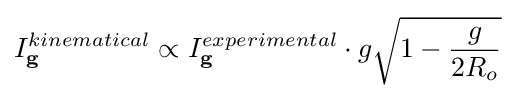
I_{\mathbf {g} }^{kinematical}\propto I_{\mathbf {g} }^{experimental}\cdot g{\sqrt {1-{\frac {g}{2R_{o}}}}}